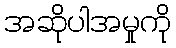
အဆိုပါအမှုကို